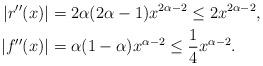
LaTeX: \begin{align*} |r''(x)|&=2\alpha(2\alpha-1)x^{2\alpha-2} \le 2x^{2\alpha-2},\\ |f''(x)|&=\alpha(1-\alpha)x^{\alpha-2} \le \frac{1}{4}x^{\alpha-2}.\end{align*}